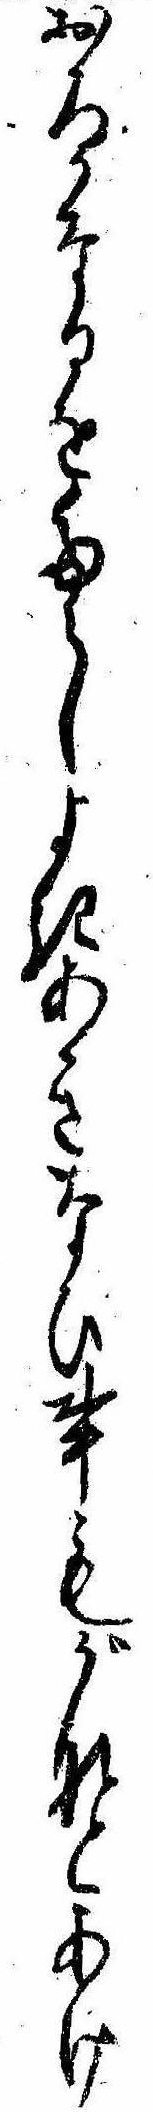
おろかなるをたらしよきあきなひ事もがなとあけ